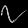
Digit: ၇